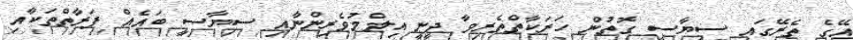
އޭގެ ތެރޭގައި ސިޔާސީ ގޮތުން ހަރަކާތްތެރިވާ ދީނީ އިލްމުވެރިންނާއި ސިޔާސީ ބައެއް ފަރާތްތަކާއި